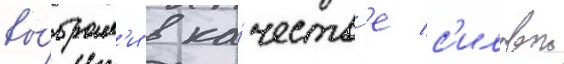
вы́брал'и в ка́честв'е с'иловои